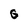
Character: 6